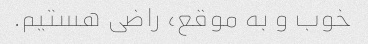
خوب و به موقع، راضی هستیم.